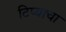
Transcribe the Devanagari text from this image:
टिप्याचा